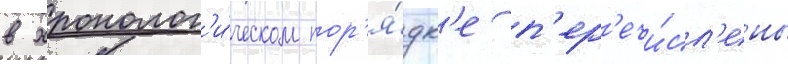
в хронолог'и́ческом пор'я́дк'е п'ер'ечи́сл'ены